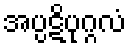
အပ္ပဋိပုဂ္ဂလံ